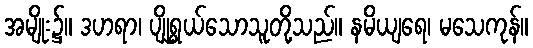
အမျိုး၌။ ဒဟရာ၊ ပျိုရွှယ်သောသူတို့သည်။ နမိယျရေ၊ မသေကုန်။